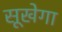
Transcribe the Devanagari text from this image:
सूखेगा